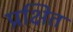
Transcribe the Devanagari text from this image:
प्रक्षित